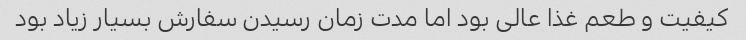
کیفیت و طعم غذا عالی بود اما مدت زمان رسیدن سفارش بسیار زیاد بود